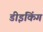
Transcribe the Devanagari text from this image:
डीइंकिंग